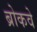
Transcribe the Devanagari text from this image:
ब्रोकवे